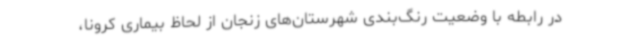
در رابطه با وضعیت رنگ‌بندی شهرستان‌های زنجان از لحاظ بیماری کرونا،